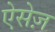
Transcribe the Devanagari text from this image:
ऐसेज़